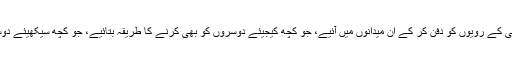
مگر ایک شرط پر: ماضی کے رویوں کو دفن کر کے ان میدانوں میں آئیے، جو کچھ کیجیئے دوسروں کو بھی کرنے کا طریقہ بتائیے، جو کچھ سیکھیئے دوسروں کو بھی سکھائیے۔